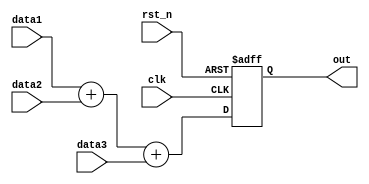
`timescale 1ns / 1ps
//////////////////////////////////////////////////////////////////////////////////
// Company: 
// Engineer: 
// 
// Design Name: 
// Module Name: ADDER
// Project Name: 
// Target Devices: 
// Tool Versions: 
// Description: 
// 
// Dependencies: 
// 
// Revision:
// Revision 0.01 - File Created
// Additional Comments:
// 
//////////////////////////////////////////////////////////////////////////////////
 
module ADDER( //register file 3       
    clk, rst_n, data1, data2, data3, 
    out
);

parameter DATAWIDTH = 8;
parameter RESULT = 10;

input clk, rst_n; //1bit input
input signed [DATAWIDTH-1:0] data1, data2, data3; //8bit input
output reg signed [RESULT-1:0] out; //10bit output

//clk  rst_n   
always @(posedge clk or negedge rst_n) begin
    if(!rst_n) out <= 0; //rst_n 0 
    else out <= data1 + data2 + data3; //rst_n 1 , 3  
end

endmodule